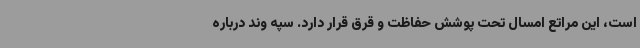
است، این مراتع امسال تحت پوشش حفاظت و قرق قرار دارد. سپه وند درباره